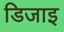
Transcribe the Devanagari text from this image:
डिजाइ